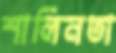
শালিনতা